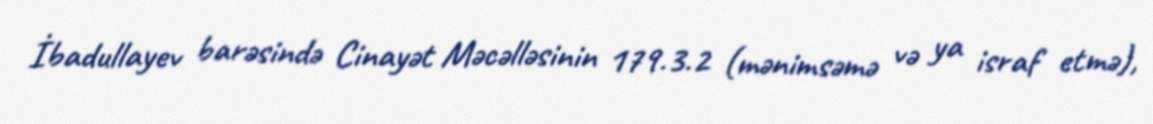
İbadullayev barəsində Cinayət Məcəlləsinin 179.3.2 (mənimsəmə və ya israf etmə),